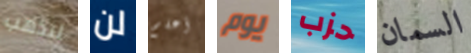
لنذهب لن أعلم يوم حزب السمان